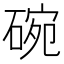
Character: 碗